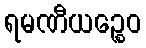
ရမဏီယဉ္စေဝ